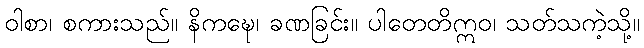
ဝါစာ၊ စကားသည်။ နိကဍ္ဎေ၊ ခဏခြင်း။ ပါတေတိဣဝ၊ သတ်သကဲ့သို့။